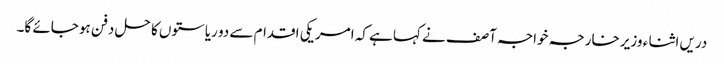
دریں اثنا ء وزیر خارجہ خواجہ آصف نے کہا ہے کہ امریکی اقدام سے دو ریاستوں کا حل دفن ہو جائے گا۔